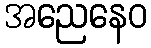
အညေနေဝ